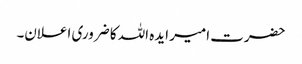
حضرت امیر ایدہ اللہ کا ضروری اعلان۔